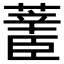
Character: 𰲄